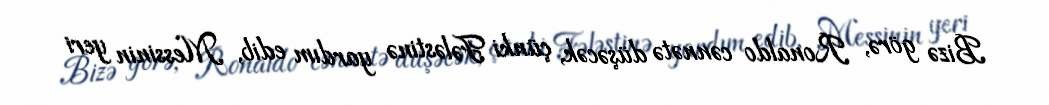
Bizə görə, Ronaldo cənnətə düşəcək, çünki Fələstinə yardım edib, Messinin yeri